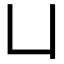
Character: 凵